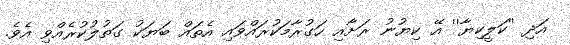
އަދި ''ކަލީކިޔާ'' އޭ ކިޔުނު ރަށާއި ހަގުރާމަކުރައްވައި އެތައް ބަޔަކު ގަތުލުކުރެއްވި އެވެ.